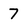
Character: 7